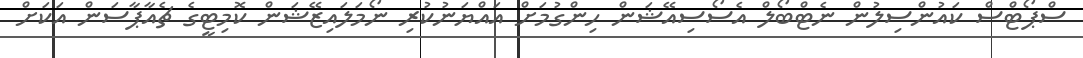
ސްޕޯޓްސް ކައުންސިލުން ނެޓްބޯލް އެސޯސިއޭޝަން ހިންގުމަށް އައްޔަނުކުރި ނޯމަލައިޒޭޝަން ކޮމިޓީގެ ޗެއާޕާސަން އަކަށް